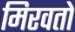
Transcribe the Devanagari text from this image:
मिरवतो